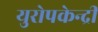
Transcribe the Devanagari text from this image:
युरोपकेन्द्री